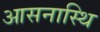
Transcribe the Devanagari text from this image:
आसनास्थि